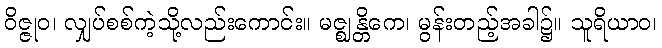
ဝိဇ္ဇုဝ၊ လျှပ်စစ်ကဲ့သို့လည်းကောင်း။ မဇ္ဈန္တိကေ၊ မွန်းတည့်အခါ၌။ သူရိယာဝ၊